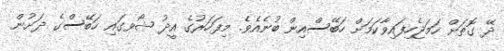
ދޭ ގޮތަށް ހަމަޖެހިފައިވާކަމަށް ހަބޭސްއިން ބުނެއެވެ. މިފަހަރުގެ އީދު ޝޯވގައި ހަބޭސްގެ ދަށުން